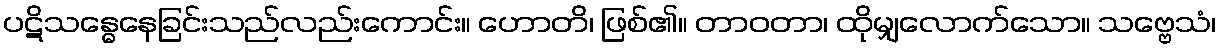
ပဋိသန္ဓေနေခြင်းသည်လည်းကောင်း။ ဟောတိ၊ ဖြစ်၏။ တာဝတာ၊ ထိုမျှလောက်သော။ သဗ္ဗေသံ၊